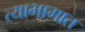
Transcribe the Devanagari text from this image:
त्याभागात